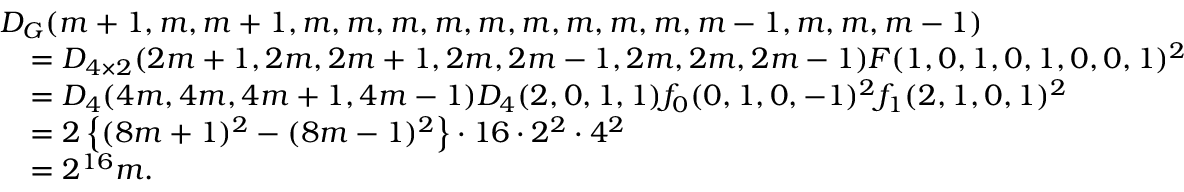
\begin{array} { r l } & { D _ { G } ( m + 1 , m , m + 1 , m , m , m , m , m , m , m , m , m , m - 1 , m , m , m - 1 ) } \\ & { \quad = D _ { 4 \times 2 } ( 2 m + 1 , 2 m , 2 m + 1 , 2 m , 2 m - 1 , 2 m , 2 m , 2 m - 1 ) F ( 1 , 0 , 1 , 0 , 1 , 0 , 0 , 1 ) ^ { 2 } } \\ & { \quad = D _ { 4 } ( 4 m , 4 m , 4 m + 1 , 4 m - 1 ) D _ { 4 } ( 2 , 0 , 1 , 1 ) f _ { 0 } ( 0 , 1 , 0 , - 1 ) ^ { 2 } f _ { 1 } ( 2 , 1 , 0 , 1 ) ^ { 2 } } \\ & { \quad = 2 \left\{ ( 8 m + 1 ) ^ { 2 } - ( 8 m - 1 ) ^ { 2 } \right\} \cdot 1 6 \cdot 2 ^ { 2 } \cdot 4 ^ { 2 } } \\ & { \quad = 2 ^ { 1 6 } m . } \end{array}